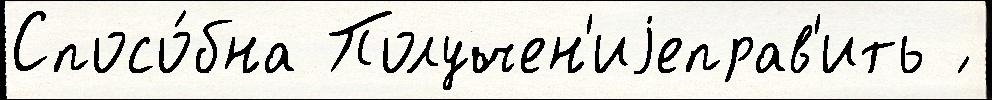
Спосо́бна Получен'иjеправ'ить ́